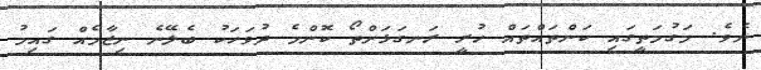
ނެވެ. މަގުމަތީގައި ކަންތައްތައް ހުރީ ރަނގަޅަށްތޯ ކޮންމެ ދުވަހަކު ބެލޭނެ ނިޒާމެއް ގައިމު